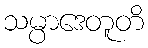
သမ္ပာဒေတူတိ